Tezpur Lunatic Asylum reports 1877-1894 - 1877-1894
Year: 1877
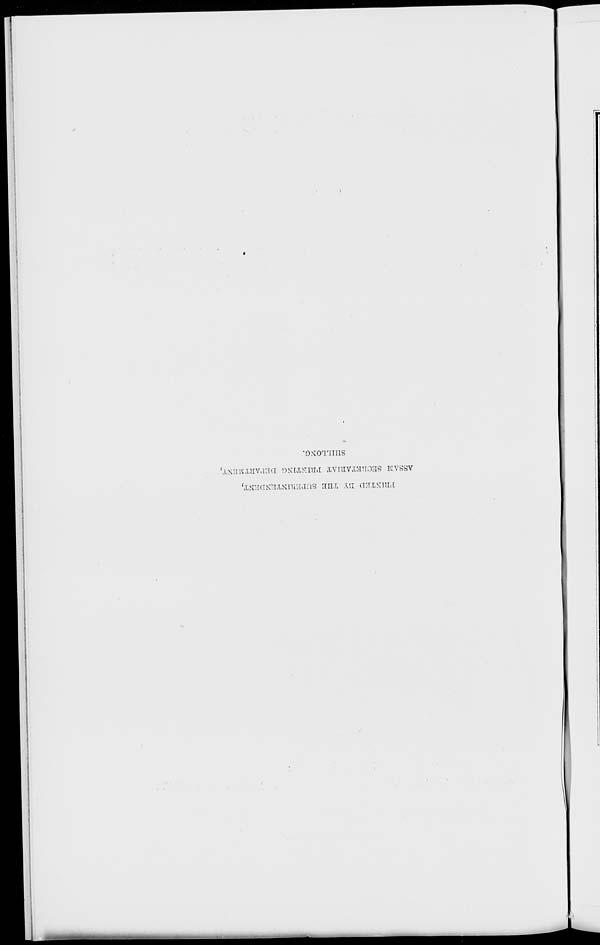
PR1KTED T.V THE SUPERINTENDENT,
ASSAM SECRETARIAT PRINTING DEPARTMENT,
SIIII/LONG.